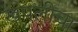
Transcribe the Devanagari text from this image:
खपलीचा